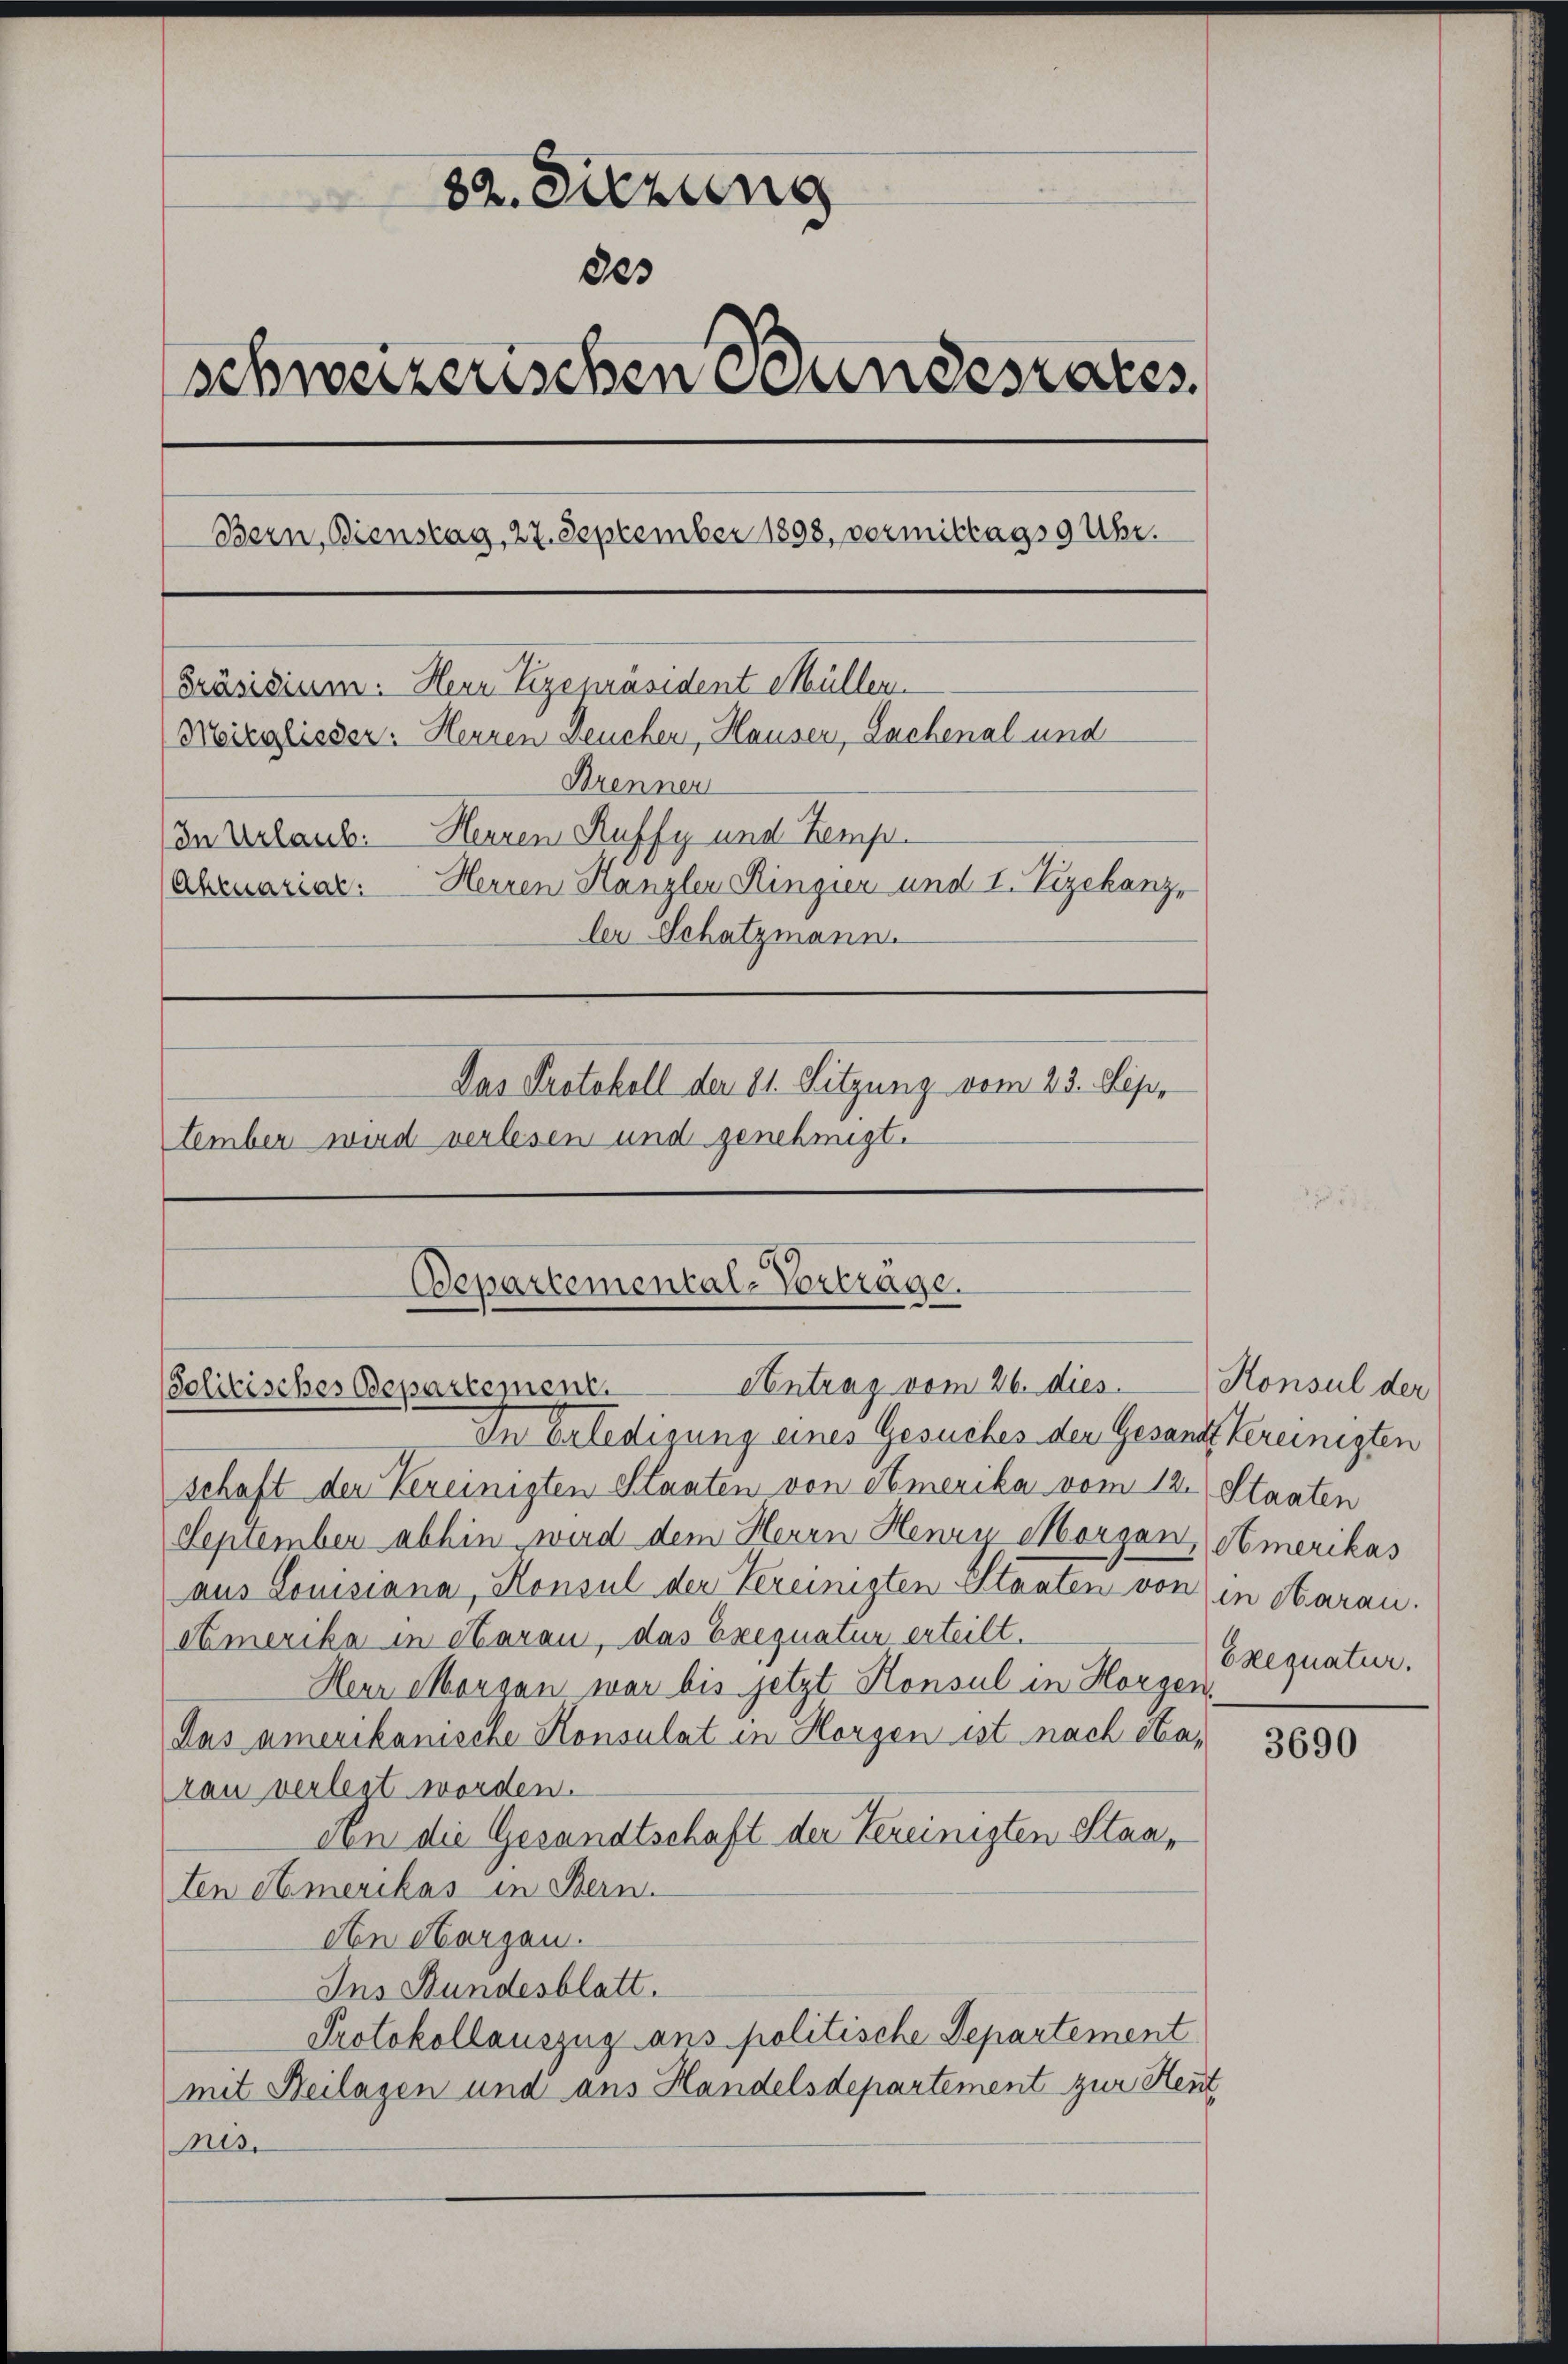
82. Sitzung
803
schweizerischen Bundesrates.
Bern, Bienstag, 27. September 1898, vermittags 9 Uhr.
Präsidium. Herr Vizepräsident Müllen
Meizglisser: Herren Leuchen, Hausen, Lachenal und
Brenner
In Urlaub. Herren Ruffy und Zemp-
Herren Kanzler Ringier und I. Vizekanz,
(Ahenarial:
ler Schatzmann.
Das Protokoll der 21. Sitzung vom 23. Sep.
tember wird verlesen und genehmigt.

Departemental-Vorträge.
Antrag vom 26. dies. Konsul der
Solitisches Departement.

In Erledigung eines Gesuches der Gesandt bereinigten
schaft der Vereinigten Staaten von Amerika vom 12. Staaten
Sepiember abhin wird dem Herrn Henri Morgen, Amerikas
aus Louisiana, Konsul der Vereinigten Staaten von in Aarau
Amerika in Haran, das Eregnatur erteilt.
Heur Mangen war bis jetzt Honsul in Horgen,
das amerikanische Konsulat in Horgen ist nach Saran verlegt worden.
An die Gesandtschaft der Vereinigten Staaten Amerikas in Bern.
An Horgen.
Ins Bundesblatt.
Protokollauszug ans politische Departement
mit Beilagen und ans Handelsdepartement zur Heut
nis.

Exequatur.

3690